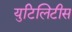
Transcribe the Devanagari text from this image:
युटिलिटीस